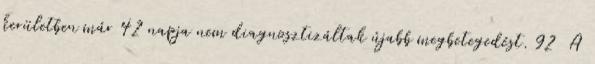
kerületben már 42 napja nem diagnosztizáltak újabb megbetegedést. 92 A